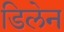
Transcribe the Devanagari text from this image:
डिलेन